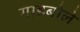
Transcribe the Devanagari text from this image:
गाडबोले